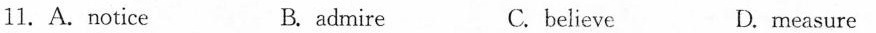
11.A.notice B. admire C.believe D. measure